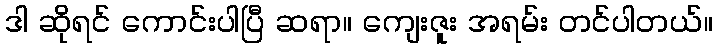
ဒါ ဆိုရင် ကောင်းပါပြီ ဆရာ။ ကျေးဇူး အရမ်း တင်ပါတယ်။